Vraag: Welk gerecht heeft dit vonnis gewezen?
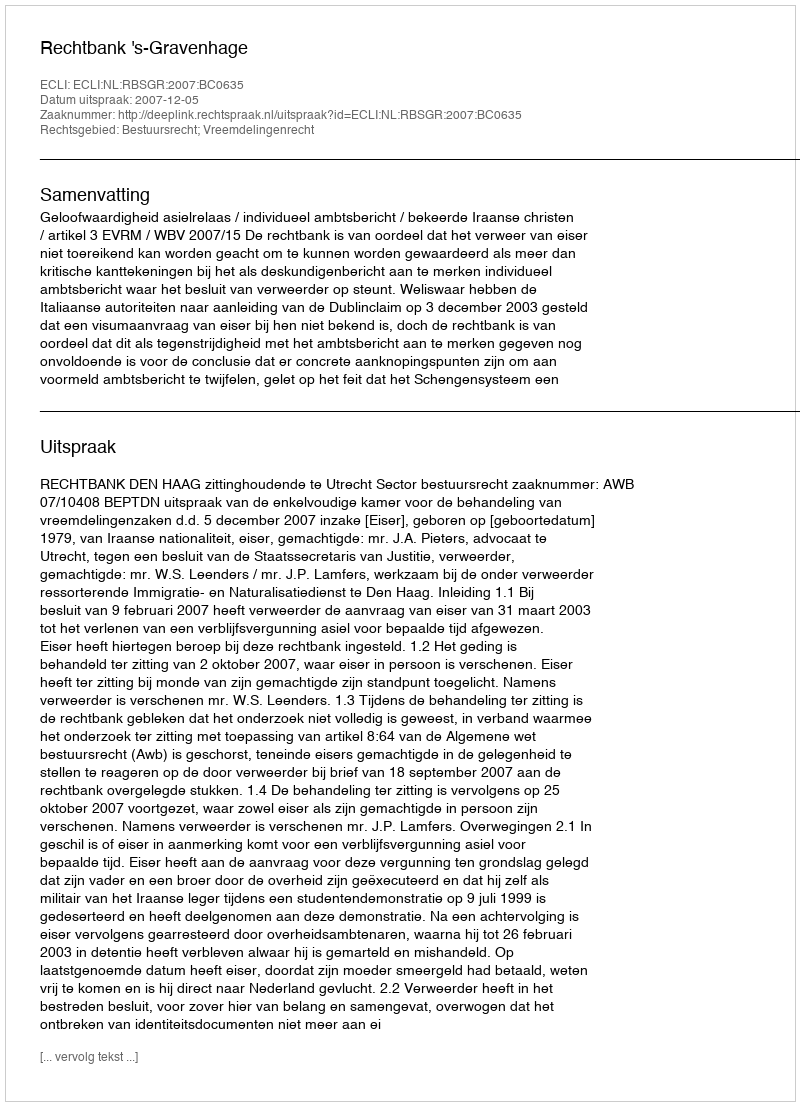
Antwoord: Rechtbank 's-Gravenhage